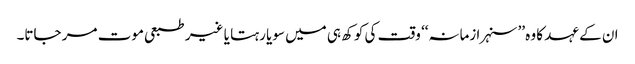
ان کے عہد کا وہ ’’سنہرا زمانہ‘‘ وقت کی کوکھ ہی میں سویا رہتا یا غیر طبعی موت مر جاتا۔